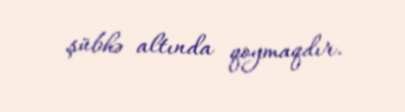
şübhə altında qoymaqdır.